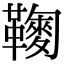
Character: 𩍔